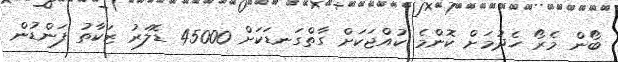
ބޯން މެރޯ ހެދުމަށް ކޮންމެ ކުއްޖަކަށް ގާތްގަނޑަކަށް 45000 ޑޮލަރު ޒަކާތު ފަންޑުން